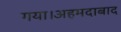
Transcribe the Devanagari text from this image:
गया।अहमदाबाद